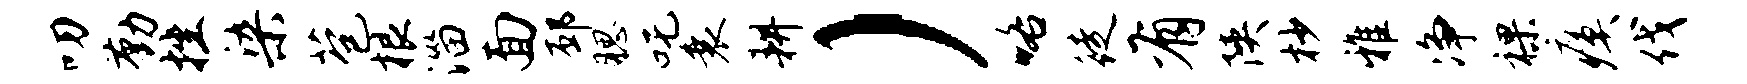
叨勤挫染苞根淄面邳腮吒衰耕）咯徒有陕杪雅净裸瘼伐